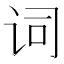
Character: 词